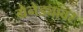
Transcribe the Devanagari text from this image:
ग्रेनेड्यावर